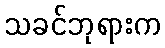
သခင်ဘုရားက